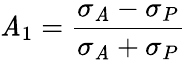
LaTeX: \mathit{A}_{1}={\frac{{\sigma_{\mathit{A}}-\sigma_{P}}}{{\sigma_{\mathit{A}}+\sigma_{P}}}}